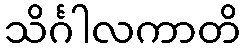
သိင်္ဂါလကာတိ